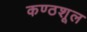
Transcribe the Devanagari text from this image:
कण्ठशूल